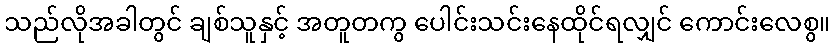
သည်လိုအခါတွင် ချစ်သူနှင့် အတူတကွ ပေါင်းသင်းနေထိုင်ရလျှင် ကောင်းလေစွ။